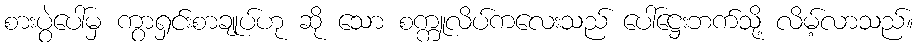
စားပွဲပေါ်မှ ကွာရှင်းစာချုပ်ဟု ဆို သော စက္ကူလိပ်ကလေးသည် ပေါ်ဋ္ဌေးဘက်သို့ လိမ့်လာသည်။